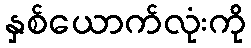
နှစ်ယောက်လုံးကို